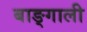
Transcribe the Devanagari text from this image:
बाङ्गाली